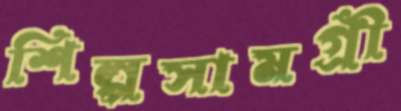
শিল্পসামগ্রী